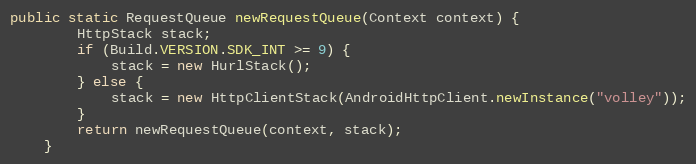
Language: Java
public static RequestQueue newRequestQueue(Context context) {
		HttpStack stack;
		if (Build.VERSION.SDK_INT >= 9) {
			stack = new HurlStack();
		} else {
			stack = new HttpClientStack(AndroidHttpClient.newInstance("volley"));
		}
		return newRequestQueue(context, stack);
	}